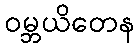
ဝမ္ဘယိတေန